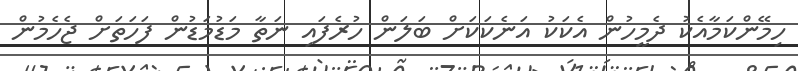
ހިމޭންކަމާއެކު ދެމީހުން އެކަކު އަނެކަކަށް ބަލަން ހުރެފައި ނަތާ މަޑުމަޑުން ފަހަތަށް ޖެހެމުން